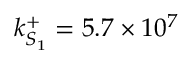
k _ { S _ { 1 } } ^ { + } = 5 . 7 \times 1 0 ^ { 7 }